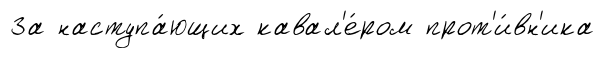
За наступа́ющих кавал'е́ром прот'и́вн'ика